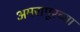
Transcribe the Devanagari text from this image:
अमरापूरच्या